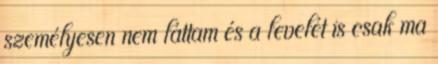
személyesen nem láttam és a levelét is csak ma